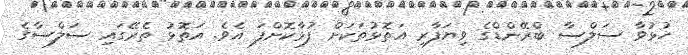
ހުޅުވާ ސަލްސާ ބްރޭންޑްގެ ވިޔަފާރި އަތޮޅުތަކަށް ފުޅާކޮށްފަ އެވެ. އަތޮޅު ތެރޭގައި ސަލްސާގެ